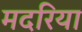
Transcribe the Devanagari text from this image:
मदरिया